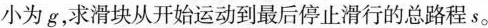
小为g，求滑块从开始运动到最后停止滑行的总路程s。